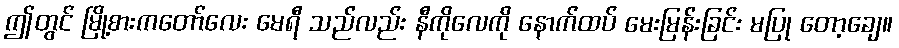
ဤတွင် မြို့စားကတော်လေး မေရီ သည်လည်း နီကိုလေကို နောက်ထပ် မေးမြန်းခြင်း မပြု တော့ချေ။